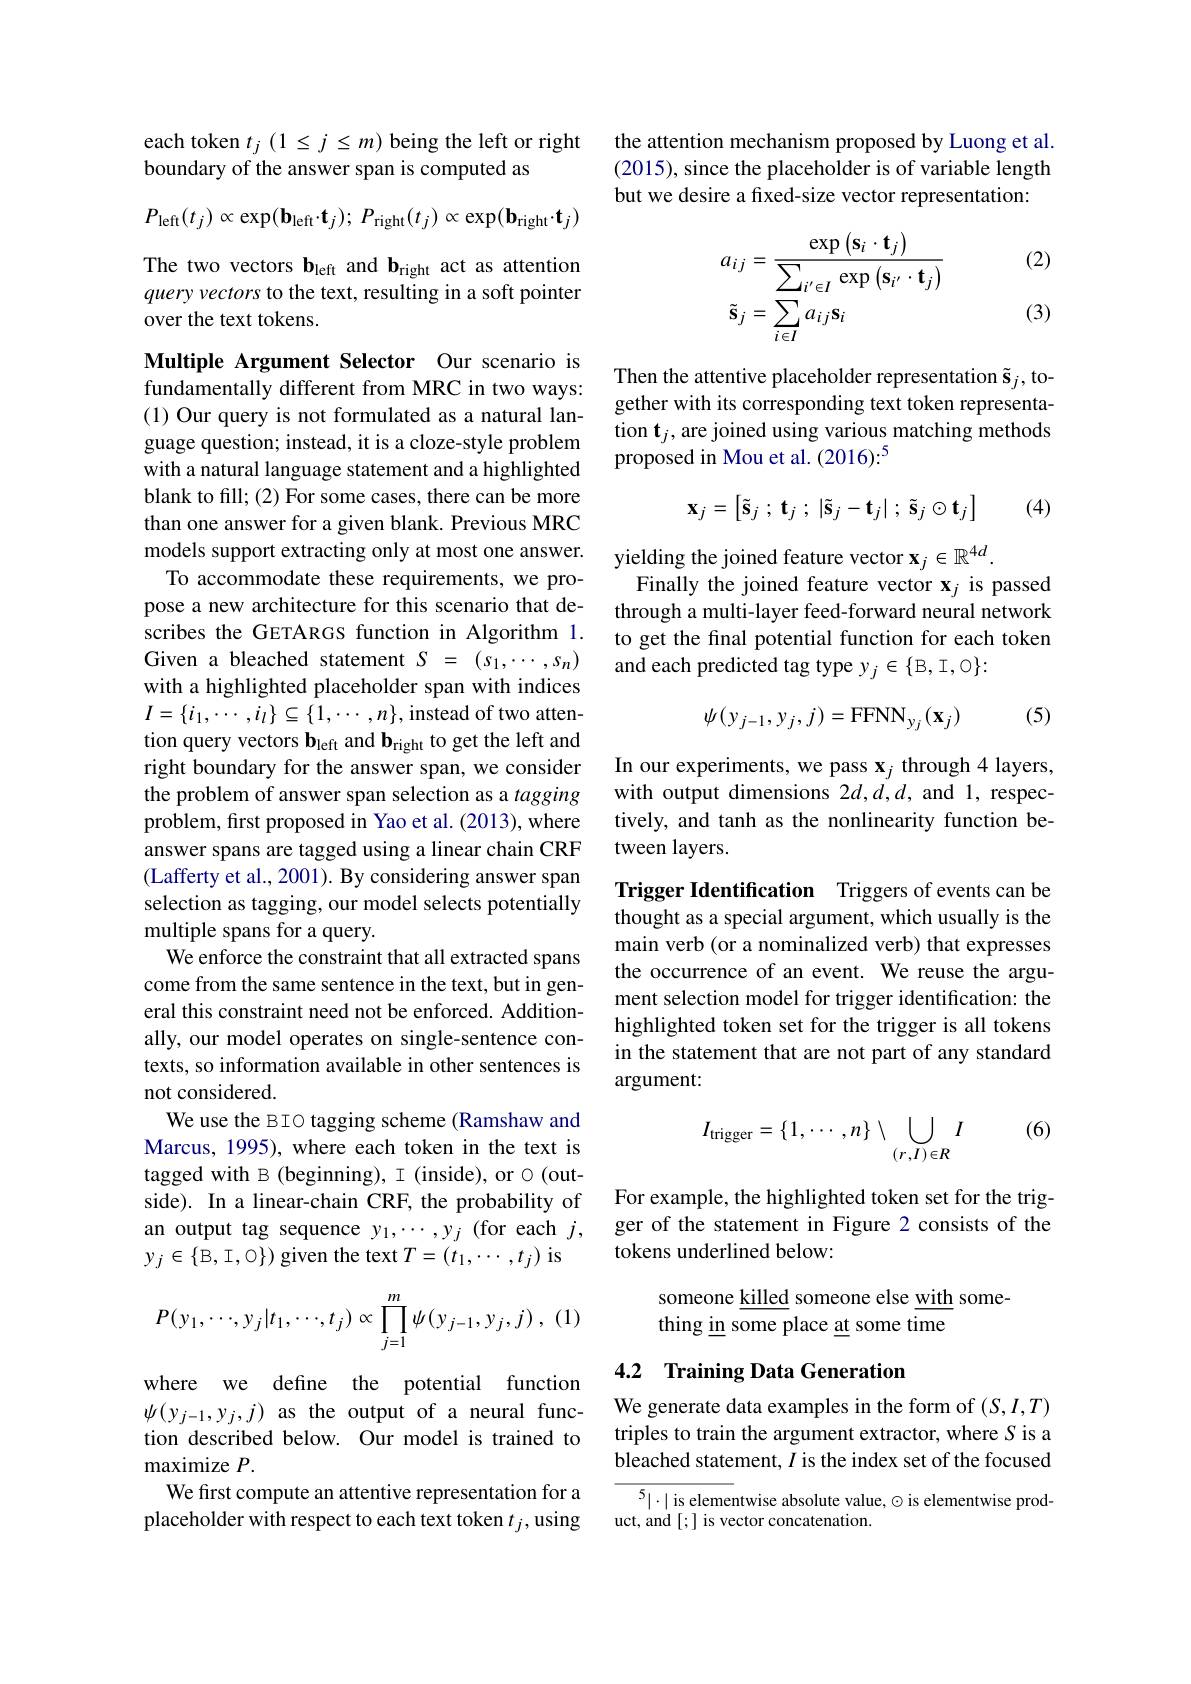
each token $t_j(1\leq j\leq m)$ being the left or right
boundary of the answer span is computed as
$$P_{\mathrm{left}}(t_{j})\propto\exp(\mathbf{b}_{\mathrm{left}}\cdot\mathbf{t}_{j});\:P_{\mathrm{right}}(t_{j})\propto\exp(\mathbf{b}_{\mathrm{right}}\cdot\mathbf{t}_{j})$$
The two vectors b$_\mathrm{left}$ and b$_\mathrm{right}$ act as attention query vectors to the text, resulting in a soft pointer over the text tokens.

Multiple Argument Selector Our scenario is fundamentally different from MRC in two ways: (1) Our query is not formulated as a natural language question; instead, it is a cloze-style problem with a natural language statement and a highlighted blank to fill; (2) For some cases, there can be more than one answer for a given blank. Previous MRC models support extracting only at most one answer.
To accommodate these requirements, we propose a new architecture for this scenario that describes the GETARGS function in Algorithm 1. Given a bleached statement $S=(s_1,\cdots,s_n)$ with a highlighted placeholder span with indices $I=\{i_1,\cdots,i_l\}\subseteq\{1,\cdots,n\}$,instead of two attention query vectors b$_\mathrm{left}$ and b$_\mathrm{right}$ to get the left and right boundary for the answer span, we consider the problem of answer span selection as a tagging problem, first proposed in Yao et al.(2013), where answer spans are tagged using a linear chain CRF (Lafferty et al., 2001). By considering answer span selection as tagging, our model selects potentially multiple spans for a query.
We enforce the constraint that all extracted spans come from the same sentence in the text, but in general this constraint need not be enforced. Additionally, our model operates on single-sentence contexts, so information available in other sentences is not considered.
We use the BIO tagging scheme (Ramshaw and Marcus, 1995), where each token in the text is tagged with B (beginning), I (inside), or $\circ$ (outside). In a linear-chain CRF, the probability of an output tag sequence $y_1,\cdots,y_j$ (for each $j$, $y_{j}\in\{B,I,0\})$ given the text $T=(t_1,\cdots,t_j)$ is
$$P(y_1,\cdots,y_j|t_1,\cdots,t_j)\propto\prod_{j=1}^m\psi(y_{j-1},y_j,j)\:,$$
where we define the potential function $\psi(y_{j-1},y_{j},j)$ as the output of a neural function described below. Our model is trained to maximize $P.$
We first compute an attentive representation for a placeholder with respect to each text token $t_j$,using

the attention mechanism proposed by Luong et al. (2015), since the placeholder is of variable length but we desire a fixed-size vector representation:

(2)
$$\begin{aligned}&a_{ij}=\frac{\exp\left(\mathbf{s}_{i}\cdot\mathbf{t}_{j}\right)}{\sum_{i^{\prime}\in I}\exp\left(\mathbf{s}_{i^{\prime}}\cdot\mathbf{t}_{j}\right)}\\&\tilde{\mathbf{s}}_{j}=\sum_{i\in I}a_{ij}\mathbf{s}_{i}\end{aligned}$$
(3)

Then the attentive placeholder representation $\tilde{\mathbf{s}}_j$,together with its corresponding text token representation $\mathbf{t}_j$, are joined using various matching methods proposed in Mou et al. (2016):$^5$
$$\mathbf{x}_{j}=\begin{bmatrix}\tilde{\mathbf{s}}_{j}\:;\:\mathbf{t}_{j}\:;\:|\tilde{\mathbf{s}}_{j}-\mathbf{t}_{j}|\:;\:\tilde{\mathbf{s}}_{j}\odot\mathbf{t}_{j}\end{bmatrix}$$
(4)

yielding the joined feature vector $\mathbf{x}_j\in\mathbb{R}^{4d}.$
Finally the joined feature vector $\mathbf{x}_j$ is passed through a multi-layer feed-forward neural network to get the final potential function for each token and each predicted tag type $y_j\in\{B,I,0\}:$

(5)
$$\psi(y_{j-1},y_{j},j)=\mathrm{FFNN}_{y_{j}}(\mathbf{x}_{j})$$
In our experiments, we pass $\mathbf{x}_j$ through 4 layers, with output dimensions 2d,d,d, and 1, respectively, and tanh as the nonlinearity function between layers.

Trigger Identification Triggers of events can be thought as a special argument, which usually is the main verb (or a nominalized verb) that expresses the occurrence of an event. We reuse the argument selection model for trigger identification: the highlighted token set for the trigger is all tokens in the statement that are not part of any standard argument:

(6)
$$I_{\mathrm{trigger}}=\{1,\cdots,n\}\setminus\bigcup_{(r,I)\in R}I$$
For example, the highlighted token set for the trigger of the statement in Figure 2 consists of the tokens underlined below:

someone killed someone else with some-
thing in some place at some time

## 4.2 Training Data Generation

We generate data examples in the form of $(S,I,T)$ triples to train the argument extractor, where S is a bleached statement, $I$ is the index set of the focused

$5|\cdot|$ is elementwise absolute value, $\odot$ is elementwise prod-
uct, and [;] is vector concatenation